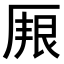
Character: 𠪏